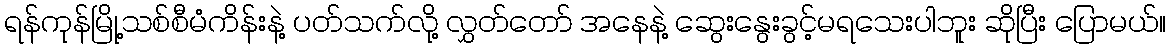
ရန်ကုန်မြို့သစ်စီမံကိန်းနဲ့ ပတ်သက်လို့ လွှတ်တော် အနေနဲ့ ဆွေးနွေးခွင့်မရသေးပါဘူး ဆိုပြီး ပြောမယ်။